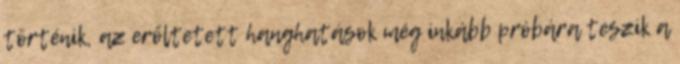
történik, az erőltetett hanghatások még inkább próbára teszik a